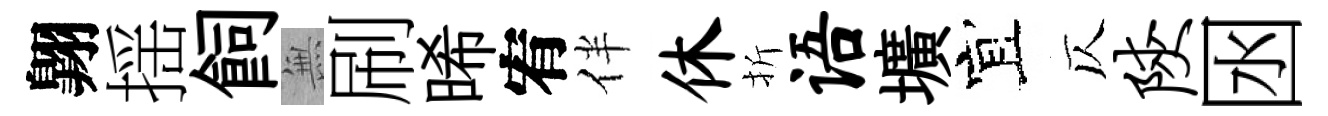
翺揺飼𭴾刷晞宥伴休折语壙宜仄陕囦